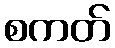
စကတ်